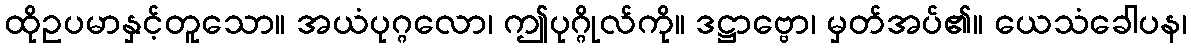
ထိုဥပမာနှင့်တူသော။ အယံပုဂ္ဂလော၊ ဤပုဂ္ဂိုလ်ကို။ ဒဋ္ဌာဗ္ဗော၊ မှတ်အပ်၏။ ယေသံခေါပန၊